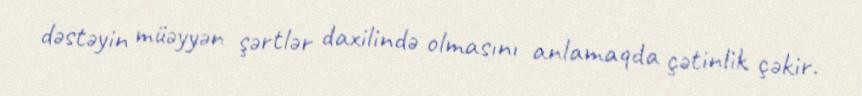
dəstəyin müəyyən şərtlər daxilində olmasını anlamaqda çətinlik çəkir.